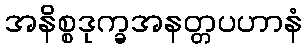
အနိစ္စဒုက္ခအနတ္တပဟာနံ